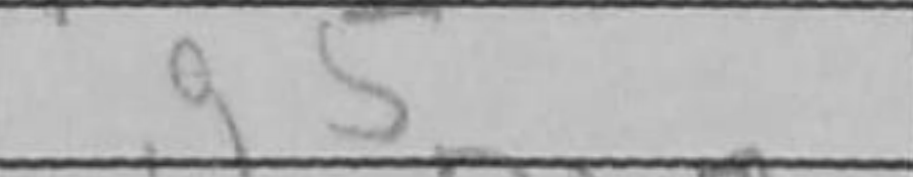
Transcription: g5